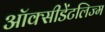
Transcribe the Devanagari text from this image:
ऑक्सीडेंटलिज्म